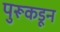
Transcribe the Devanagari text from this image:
पुरूकडून